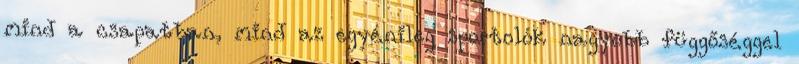
mind a csapatban, mind az egyénileg sportolók nagyobb függőséggel